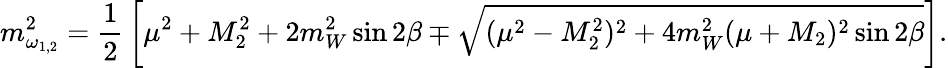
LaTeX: m_{\omega_{1,2}}^{2}={\frac{1}{2}}\left[\mu^{2}+M_{2}^{2}+2m_{W}^{2}\sin 2\beta\mp\sqrt{(\mu^{2}-M_{2}^{2})^{2}+4m_{W}^{2}(\mu+M_{2})^{2}\sin 2\beta}\right].